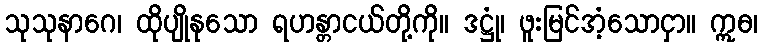
သုသုနာဂေ၊ ထိုပျိုနုသော ရဟန္တာငယ်တို့ကို။ ဒဋ္ဌုံ၊ ဖူးမြင်အံ့သောငှာ။ ဣဓ၊